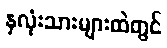
နှလုံးသားများထဲတွင်